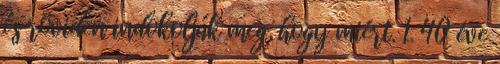
és röviden indokolják meg, hogy miért. 1. 40 éve